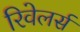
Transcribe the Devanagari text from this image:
रिवेलर्स